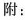
附：